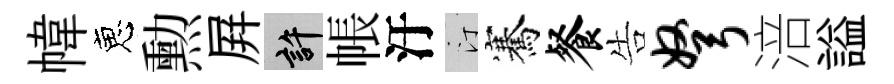
幃恵勲屛許帳汙汀騫餐告弩涪謚